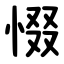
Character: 惙